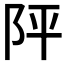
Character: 𨸶